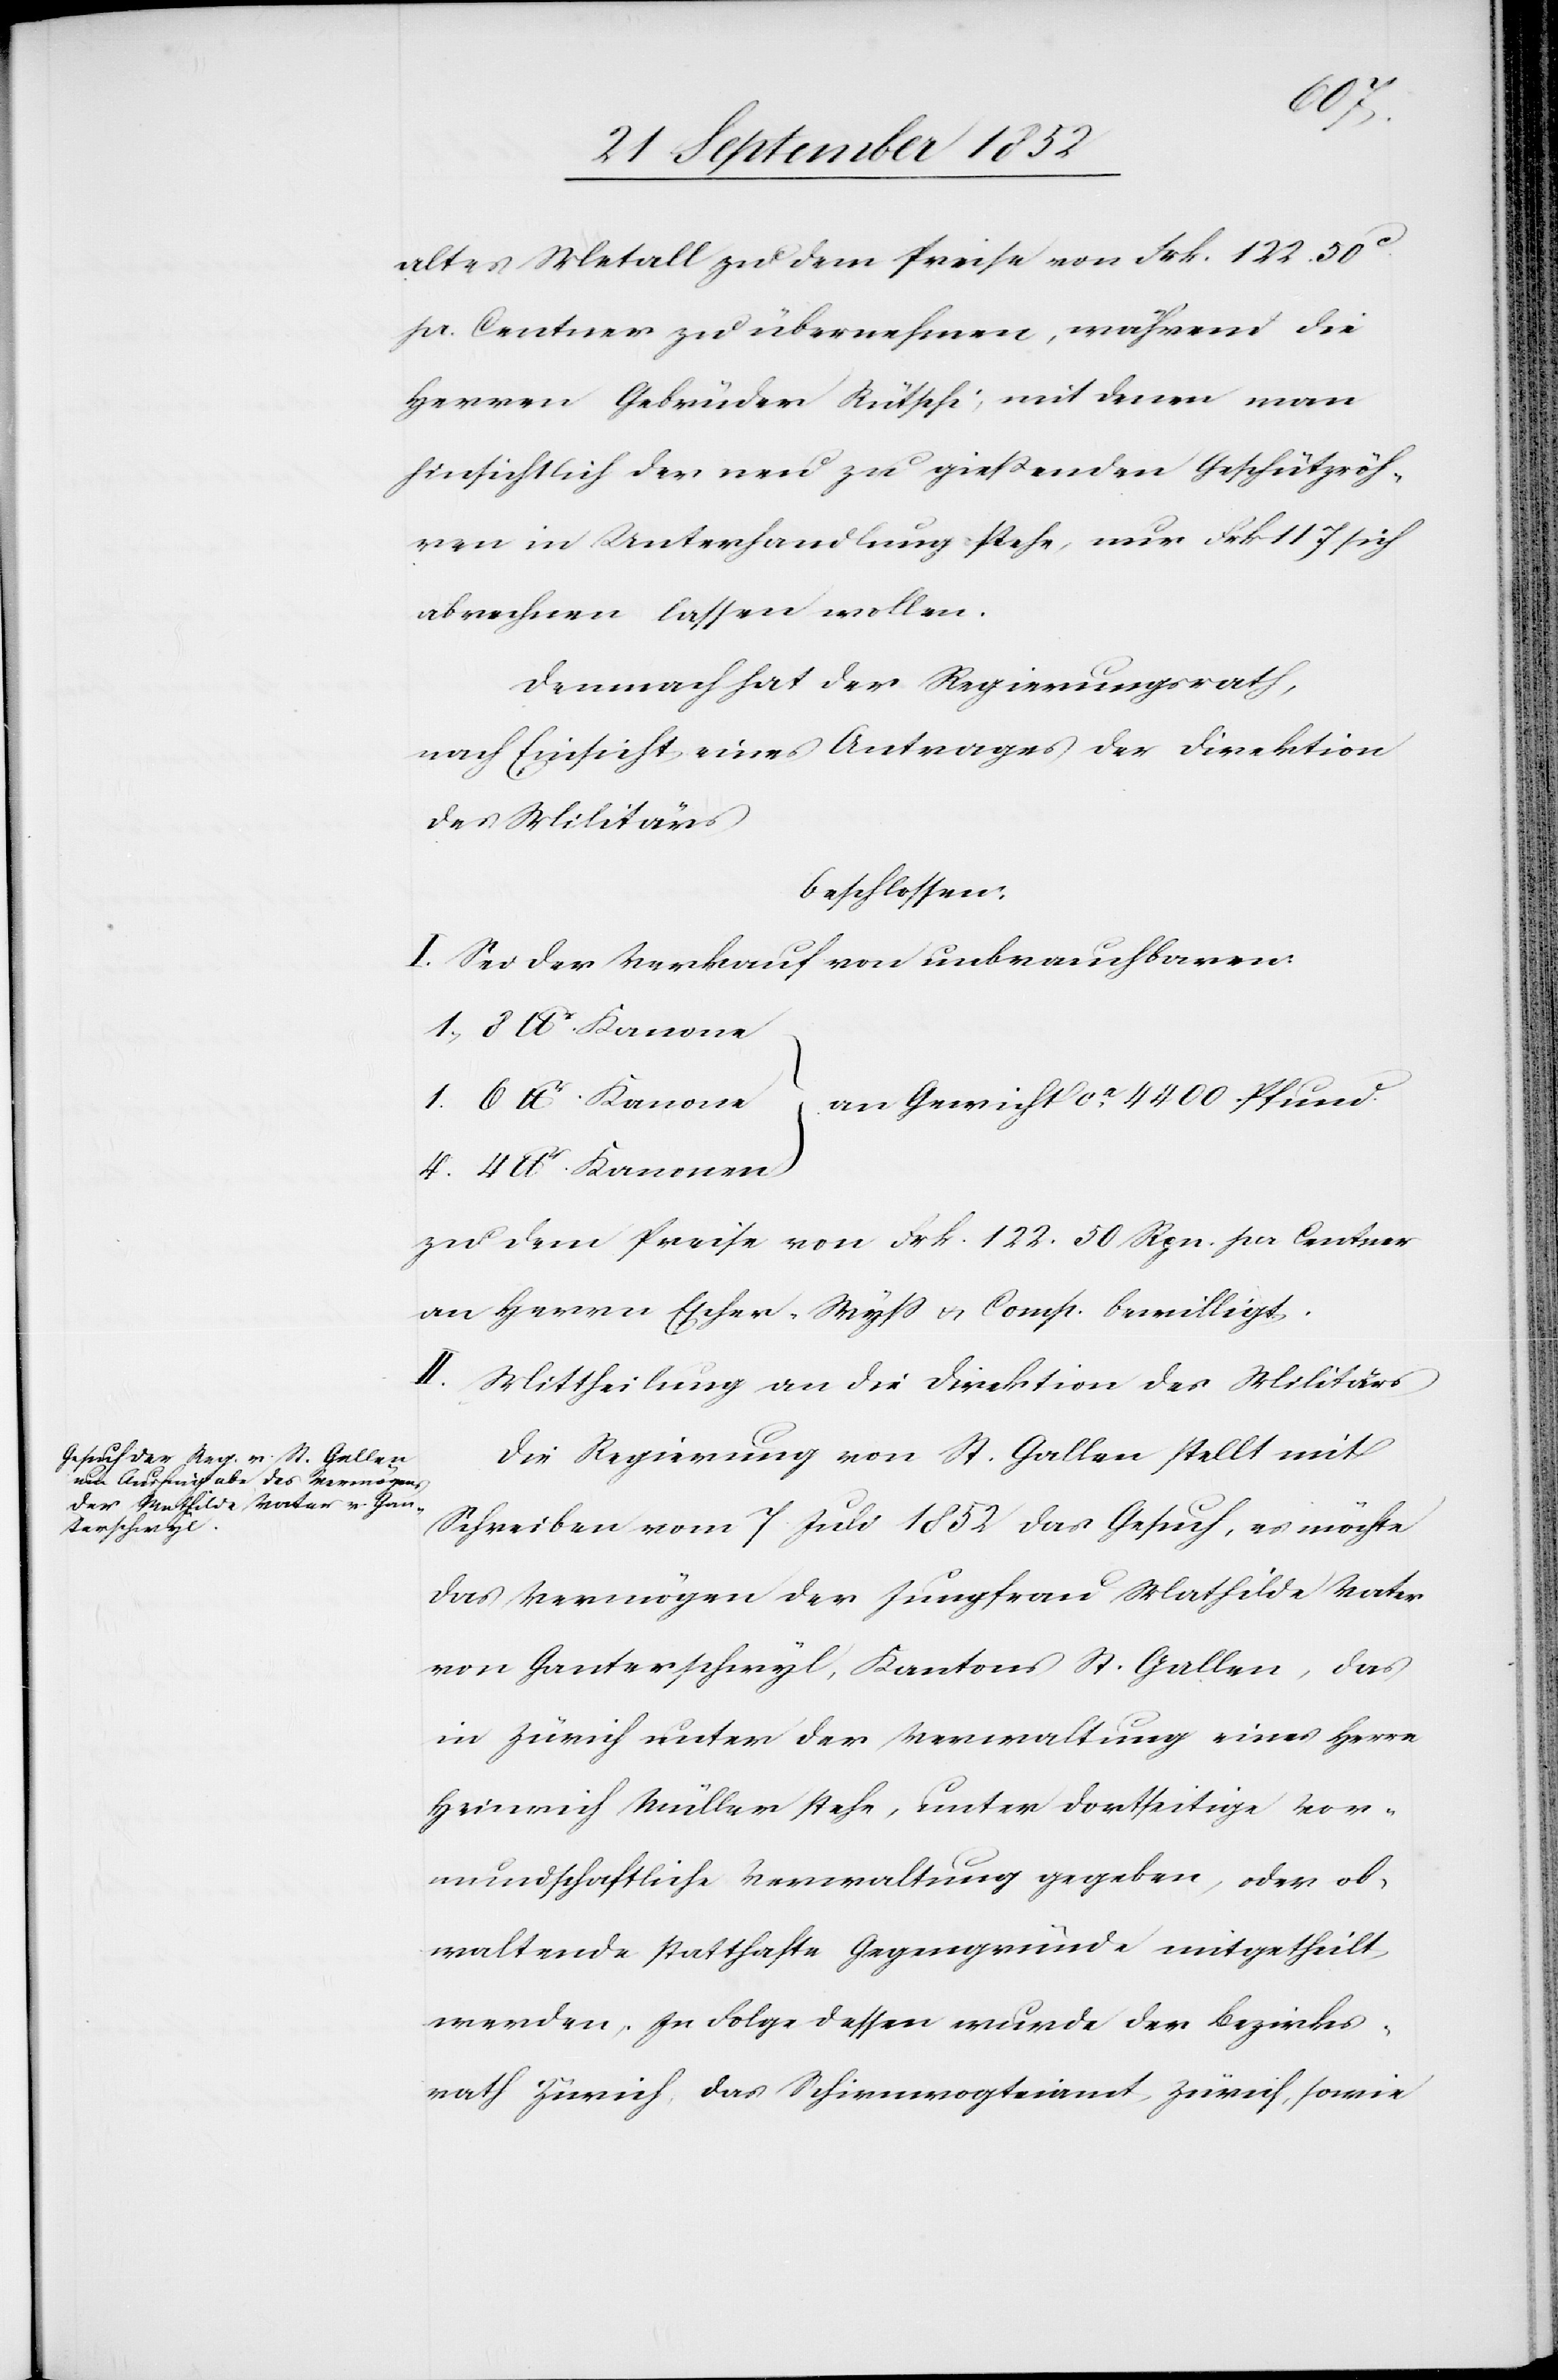
lbr.
altes Metall zu dem Preise von Frk. 122. 50c.
pr. Centner zu übernehmen, während die
Herren Gebrüder Rütschi, mit denen man
hinsichtlich der neu zu gießenden Geschützröh¬
ren in Unterhandlung stehe, nur Frk 117 sich
abrechnen lassen wollen.
Demnach hat der Regierungsrath,
nach Einsicht eines Antrages der Direktion
des Militärs
beschlossen:
I. Sei der Verkauf von unbrauchbaren:
an Gewicht ca. 4400 Pfund.
zu dem Preise von Frk. 122. 50 Rpn. per Centner
an Herrn Escher-Wyss & Comp. bewilligt.
II.
Mittheilung an die Direktion des Militärs[.]
Die Regierung von St. Gallen stellt mit
Schreiben vom 7 Juli 1852 das Gesuch, es möchte
das Vermögen der Jungfrau Mathilde Vater
von Ganterschwyl, Kantons St. Gallen, das
in Zürich unter der Verwaltung eines Herrn
Heinrich Müller stehe, unter dortseitige Vor¬
mundschaftliche Verwaltung gegeben, oder ob¬
waltende statthafte Gegengründe mitgetheilt
werden. In Folge dessen wurde der Bezirks¬
rath Zürich, das Schirmvogteiamt Zürich, sowie